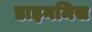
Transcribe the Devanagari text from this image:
डाइनमिस